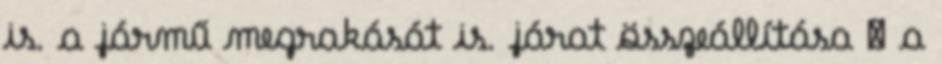
is. a jármű megrakását is. járat összeállítása  a